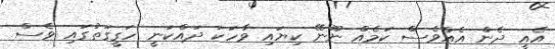
އެއީ ދެން އެއްވެސް ކަމެއް ނޫނޭ ކިޔައި ވާހަކަ ދައްކަނީ ހަގީގަތުގައި ވެސް